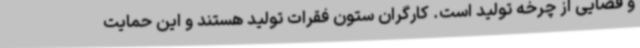
و قضایی از چرخه تولید است. کارگران ستون فقرات تولید هستند و این حمایت